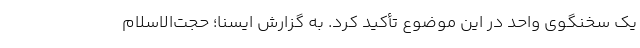
یک سخنگوی واحد در این موضوع تأکید کرد. به گزارش ایسنا؛ حجت‌الاسلام